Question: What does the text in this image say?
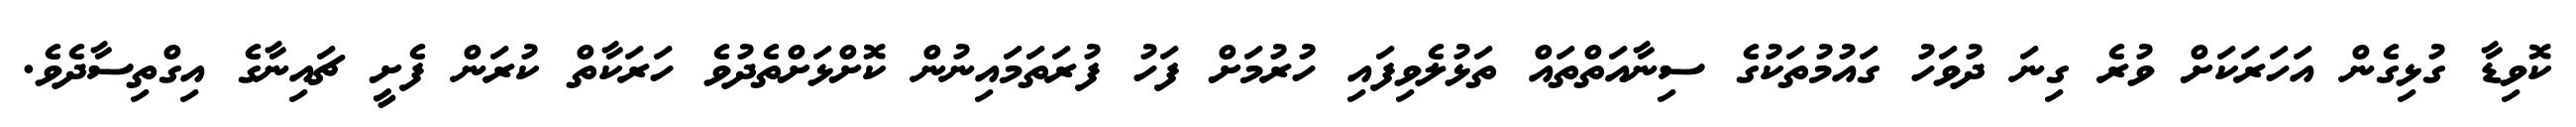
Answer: ކޮވިޑާ ގުޅިގެން އަހަރަކަށް ވުރެ ގިނަ ދުވަހު ގައުމުތަކުގެ ސިނާއަތްތައް ތަޅުލެވިފައި ހުރުމަށް ފަހު ފުރަތަމައިނުން ކޮށްޅަށްތެދުވެ ހަރަކާތް ކުރަން ފެށީ ޗައިނާގެ އިގްތިސާދެވެ.